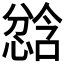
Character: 𫺾